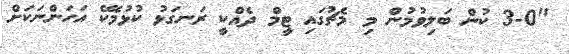
"3-0 ކުން ބަލިވުމުން މި މެޗުގައި ޓީމް ދެއްކީ ރަނގަޅު ކުޅުމެކޭ އަހަންނަކަށް